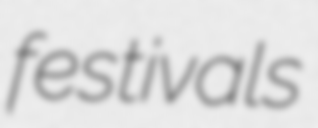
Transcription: festivals